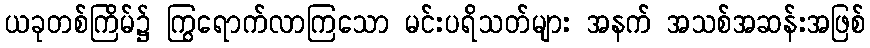
ယခုတစ်ကြိမ်၌ ကြွရောက်လာကြသော မင်းပရိသတ်များ အနက် အသစ်အဆန်းအဖြစ်